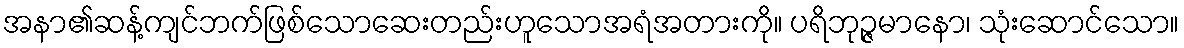
အနာ၏ဆန့်ကျင်ဘက်ဖြစ်သောဆေးတည်းဟူသောအရံအတားကို။ ပရိဘုဉ္ဇမာနော၊ သုံးဆောင်သော။